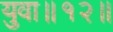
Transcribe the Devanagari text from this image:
युवा॥१२॥